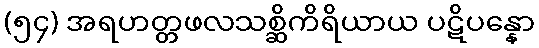
(၅၄) အရဟတ္တဖလသစ္ဆိကိရိယာယ ပဋိပန္နော